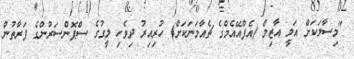
"މިސާލަކަށް އަލީ އާޒިމް (އެފްއޭއެމްގެ ޗެއާމަނަކަށް) ހުރިއިރު ދިވެހި ލީގުގެ ސްޕޮންސަރުންގެ ފަރާތުން